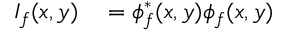
\begin{array} { r l } { I _ { f } ( x , y ) } & { { } = \phi _ { f } ^ { * } ( x , y ) \phi _ { f } ( x , y ) } \end{array}